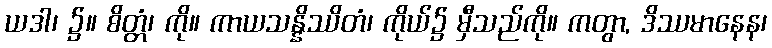
ယဒါ၊ ၌။ စိတ္တံ၊ ကို။ ကာယသန္နိဿိတံ၊ ကိုယ်၌ မှီသည်ကို။ ကတွာ, ဒိဿမာနေန၊